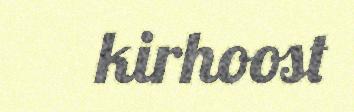
kirhoost